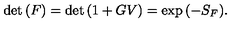
\det { ( F ) } = \det { ( 1 + G V ) } = \exp { ( - S _ { F } ) } .